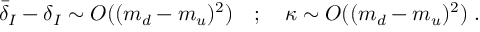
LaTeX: { \bar { \delta } } _ { I } - \delta _ { I } \sim { \cal O } ( ( m _ { d } - m _ { u } ) ^ { 2 } ) \quad ; \quad \kappa \sim { \cal O } ( ( m _ { d } - m _ { u } ) ^ { 2 } ) \; .